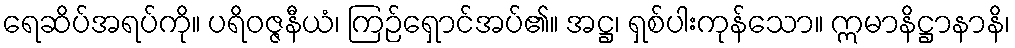
ရေဆိပ်အရပ်ကို။ ပရိဝဇ္ဇနီယံ၊ ကြဉ်ရှောင်အပ်၏။ အဋ္ဌ၊ ရှစ်ပါးကုန်သော။ ဣမာနိဋ္ဌာနာနိ၊